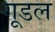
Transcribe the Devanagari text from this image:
गूडल